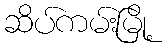
ဆိပ်ကမ်းမြို့